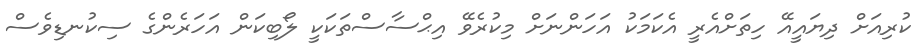
ކުރިއަށް ދިޔައީއޭ ހިތަށްއެރީ އެކަމަކު އަހަންނަށް މިކުރެވޭ އިޙްސާސްތަކަކީ ލޯބިކަން އަހަރެންގެ ސިކުނޑިވެސް